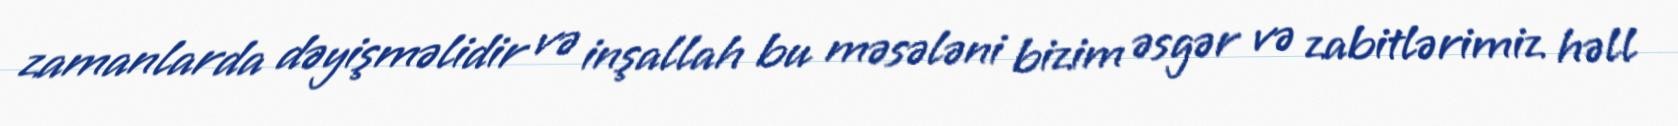
zamanlarda dəyişməlidir və inşallah bu məsələni bizim əsgər və zabitlərimiz həll